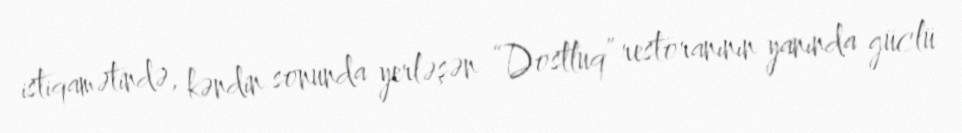
istiqamətində, kəndin sonunda yerləşən “Dostluq” restoranının yanında güclü